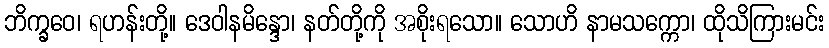
ဘိက္ခဝေ၊ ရဟန်းတို့။ ဒေဝါနမိန္ဒော၊ နတ်တို့ကို အစိုးရသော။ သောဟိ နာမသက္ကော၊ ထိုသိကြားမင်း